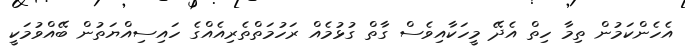
އެހެންކަމުން ތިމާ ހިތް އެދޭ މީހަކާއިވެސް ގާތް ގުޅުމެއް ރަހުމަތްތެރިއެއްގެ ހައިސިއްޔަތުން ބޭއްވުމަކީ